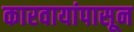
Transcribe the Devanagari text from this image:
कारवायांपासून